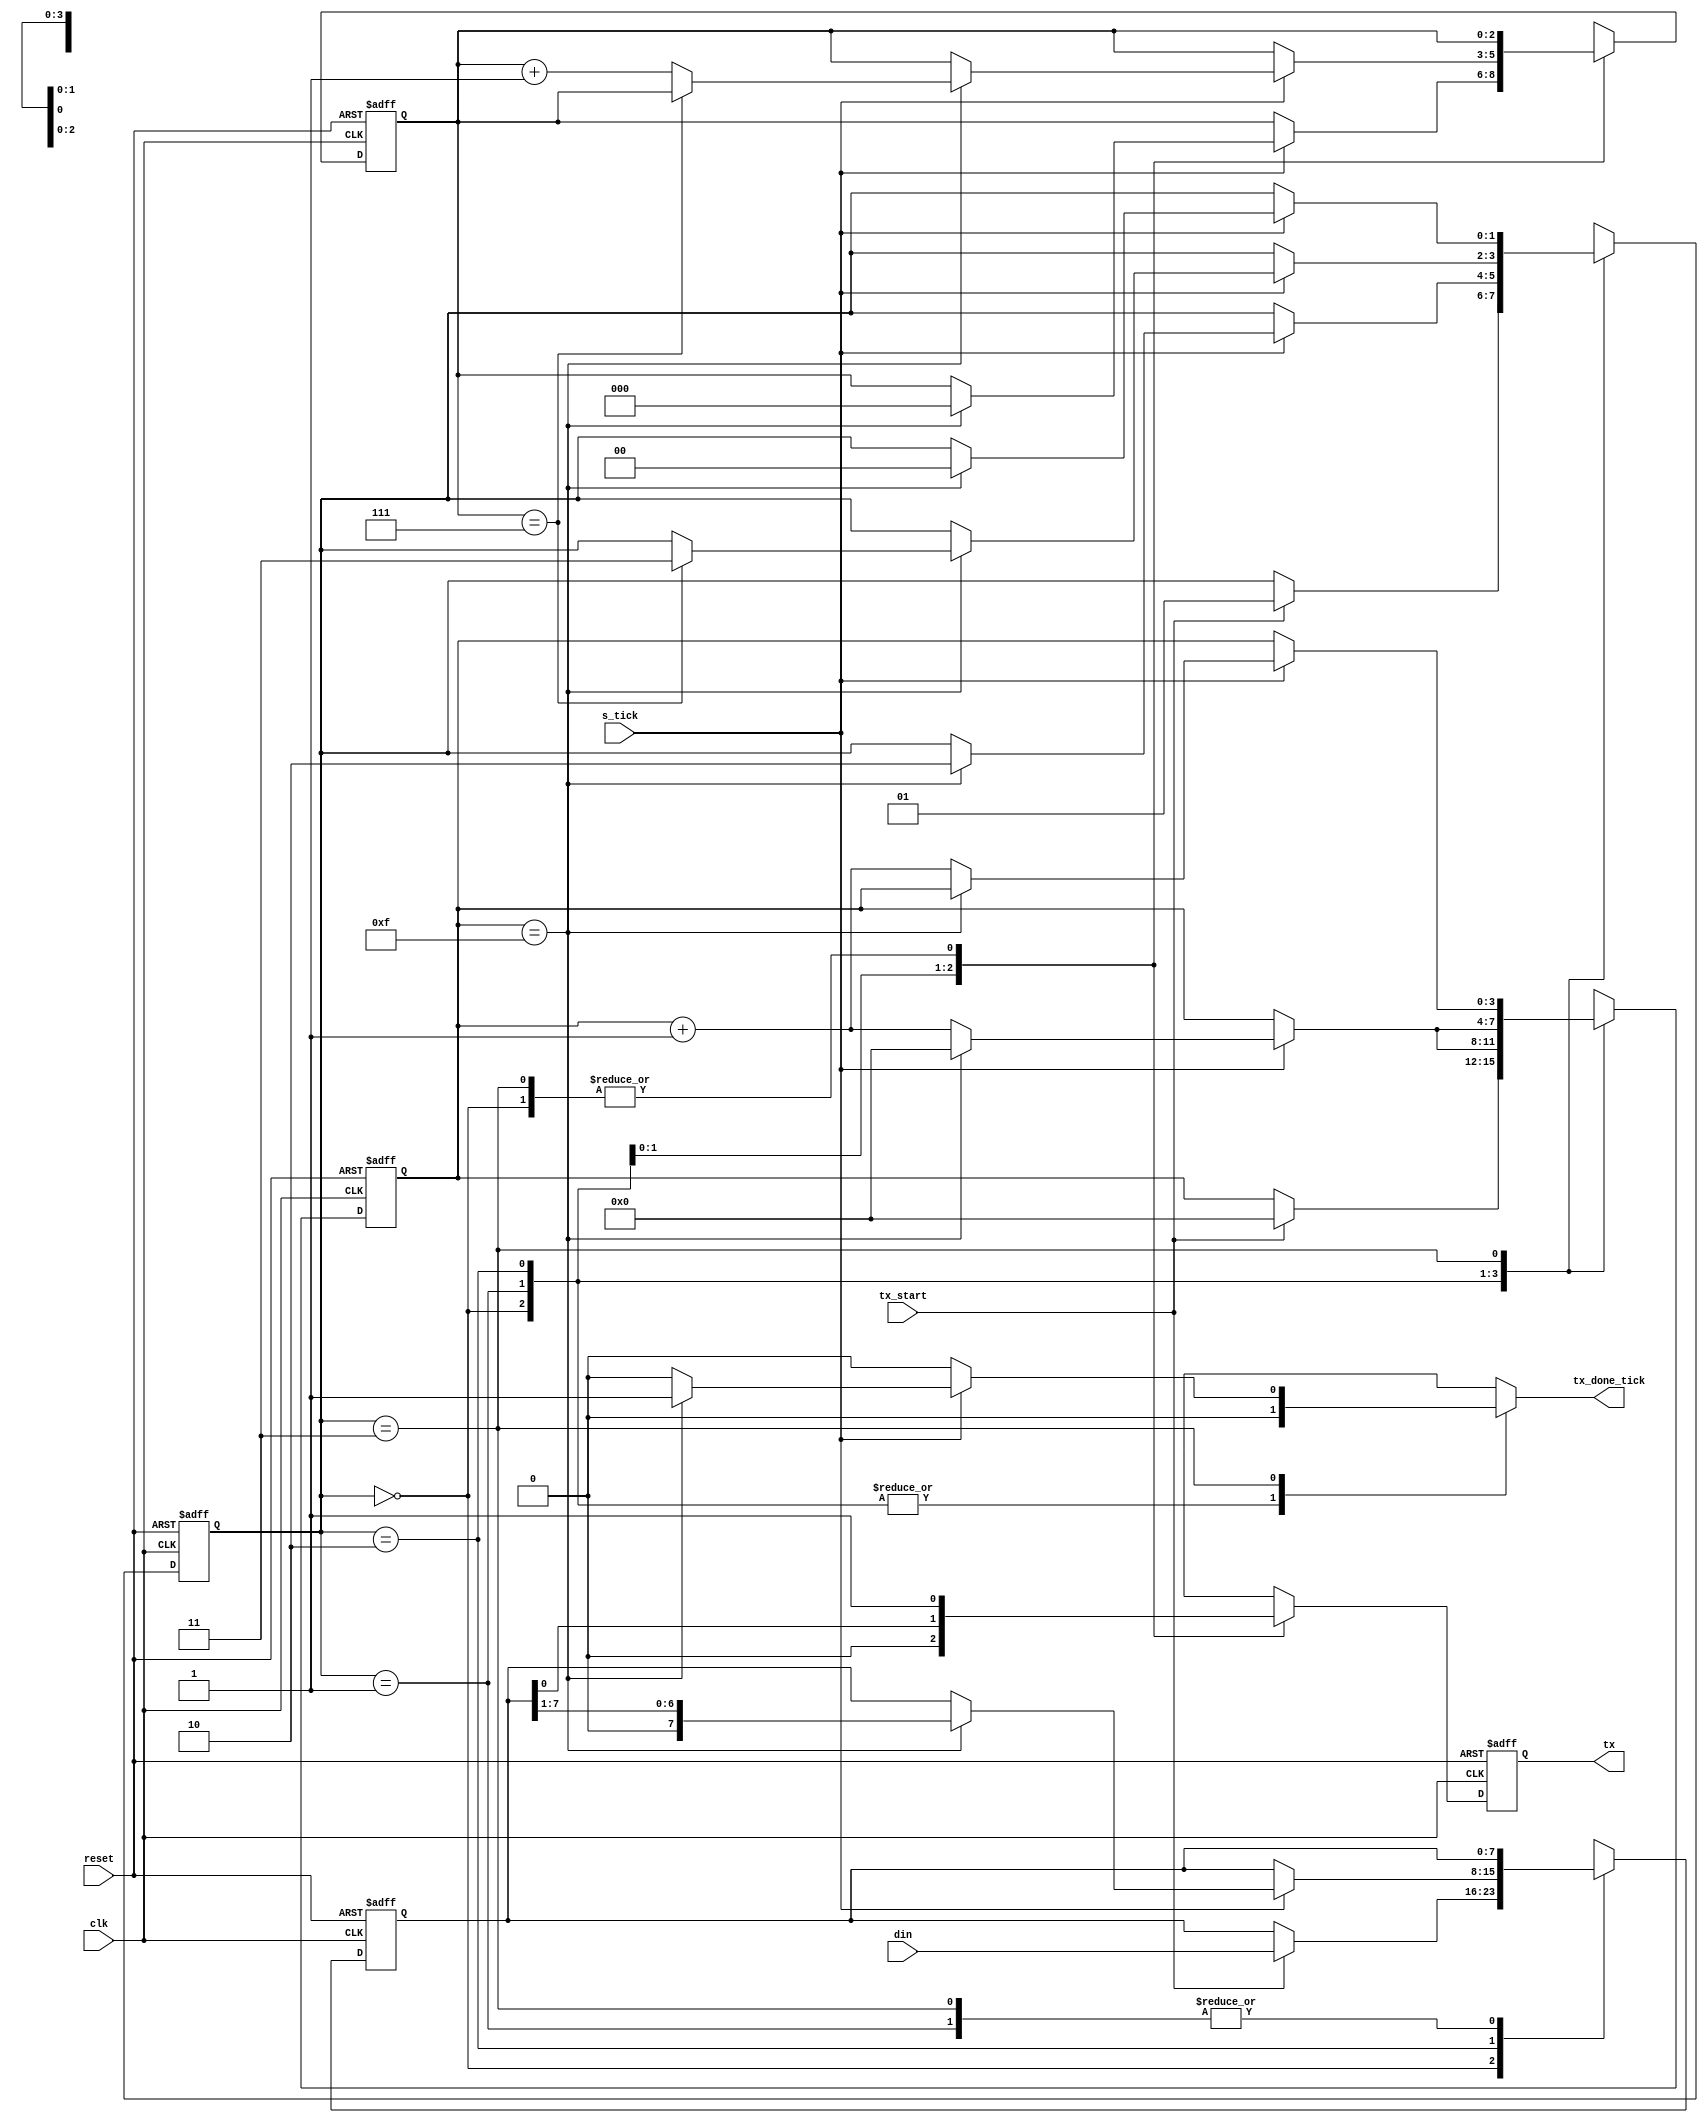
module uart_tx
#(
    parameter DBIT = 8,
    parameter SB_TICK = 16
)

(
 input clk, reset,
 input [7:0] din,
 input tx_start, s_tick,
 output  reg tx_done_tick,
 output tx   
);

localparam [1:0]    idle  = 2'b00,
                    start = 2'b01,
                    data  = 2'b10,
                    stop  = 2'b11;

reg [1:0] state_reg, state_next;
reg [3:0] s_reg, s_next;
reg [2:0] n_reg, n_next;
reg [7:0] b_reg, b_next;
reg tx_reg, tx_next;

always @(posedge clk, negedge reset) 
begin
    if(~reset) 
    begin
        state_reg <= idle;
        s_reg <= 0;
        n_reg <= 0;
        b_reg <= 0;
        tx_reg <= 1'b1;
    end
    else 
    begin
        state_reg <= state_next;
        s_reg <= s_next;
        n_reg <= n_next;
        b_reg <= b_next;
        tx_reg <= tx_next;
    end
end

always @(*) 
begin
    state_next = state_reg;
    tx_done_tick = 1'b0;
    s_next = s_reg;
    n_next = n_reg;
    b_next = b_reg;
    tx_next = tx_reg;
case(state_reg)
    idle:
    begin
        tx_next = 1'b1;
        if(tx_start) 
        begin
            state_next = start;
            s_next = 0;
            b_next = din;
        end
    end
    start:
    begin
        tx_next = 1'b0;
        if(s_tick) 
            if(s_reg == 15) 
            begin
                state_next = data;
                s_next = 0;
                n_next = 0;
            end
            else begin
                s_next = s_reg + 1;
            end
    end
    data:
    begin
        tx_next = b_reg[0];
        if(s_tick)
            if(s_reg == 15)
            begin
                s_next = 0;
                b_next = b_reg >> 1;
                if(n_reg == (DBIT - 1))
                    state_next = stop;
                else
                    n_next = n_reg + 1;
            end
            else
                s_next = s_reg + 1'b1;
    end
    stop:
    begin
        tx_next = 1'b1;
        if(s_tick)
            if(s_reg == (SB_TICK-1)) 
            begin
                state_next = idle;
                tx_done_tick = 1'b1;
            end
            else
                s_next = s_reg + 1'b1;
    end
endcase
end

assign tx = tx_reg;
endmodule